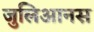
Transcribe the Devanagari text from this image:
जुलिआनस